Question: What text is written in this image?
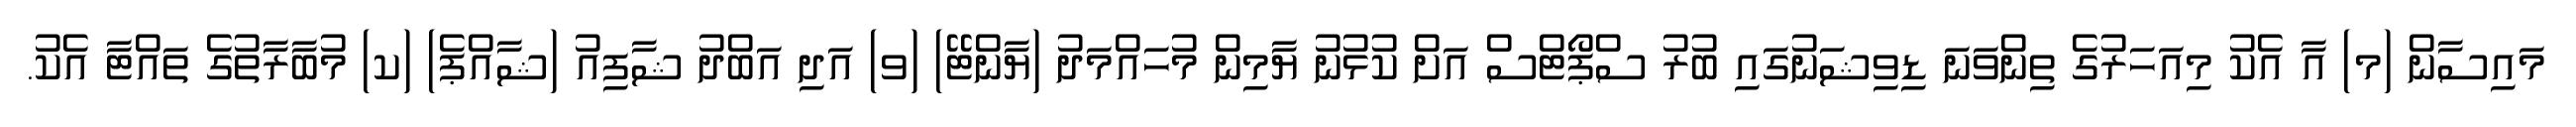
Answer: މައިސާން (މ) އާ އެކު މިއަހަރުގެ ތިންވަނަ ޑިވިޝަނުގައި ބުރު ސްޕޯޓްސް އަށް ކުޅުނު ޔާމިން މުހައްމަދު (ޔާންޓޭ) (ވ) އަދި އަބްދު ޝާފިއު (ޝާއްޕެ) (ކ) މުބާރާތުގެ ތައްޓާ އެކު.